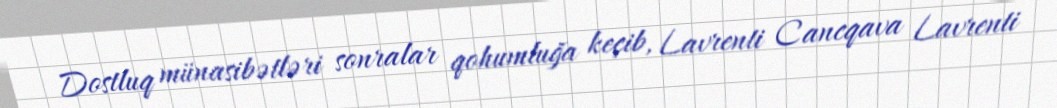
Dostluq münasibətləri sonralar qohumluğa keçib, Lavrenti Cancqava Lavrenti